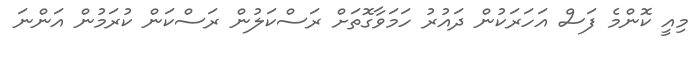
މިއީ ކޮންމެ ފަސް އަހަރަކުން ދައުރު ހަމަވާގޮތަށް ރަސްކަލުން ރަސްކަން ކުރަމުން އަންނަ